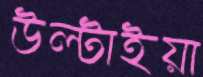
উল্টাইয়া